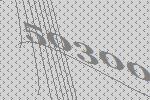
50300